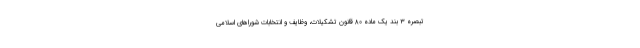
تبصره ۳ بند یک ماده ۸۰ قانون تشکیلات، وظایف و انتخابات شوراهای اسلامی